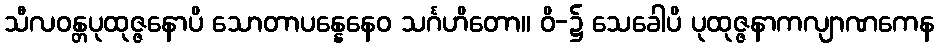
သီလဝန္တပုထုဇ္ဇနောပိ သောတာပန္နေနေဝ သင်္ဂဟိတော။ ဝိ-၌ သေခေါပိ ပုထုဇ္ဇနာကလျာဏကေန